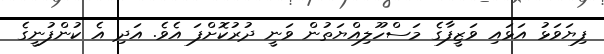
ފިޔަވަޅު އަޅައި ވަޒީފާގެ މަސްހޫލިއްޔަތުން ވަނީ ދުރުކޮށްފަ އެވެ. އަދި އެ ކުންފުނީގެ